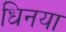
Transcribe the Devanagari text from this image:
धिनया